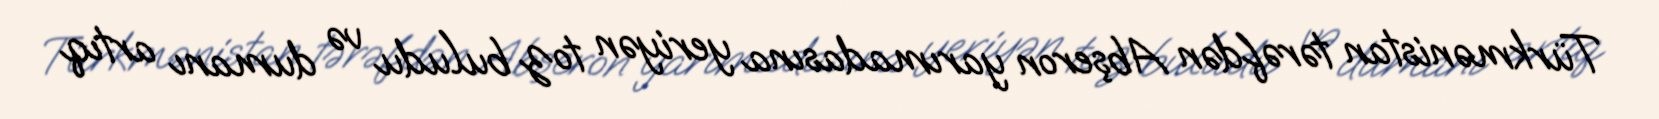
Türkmənistan tərəfdən Abşeron yarımadasına yeriyən toz buludu və dumanı artıq